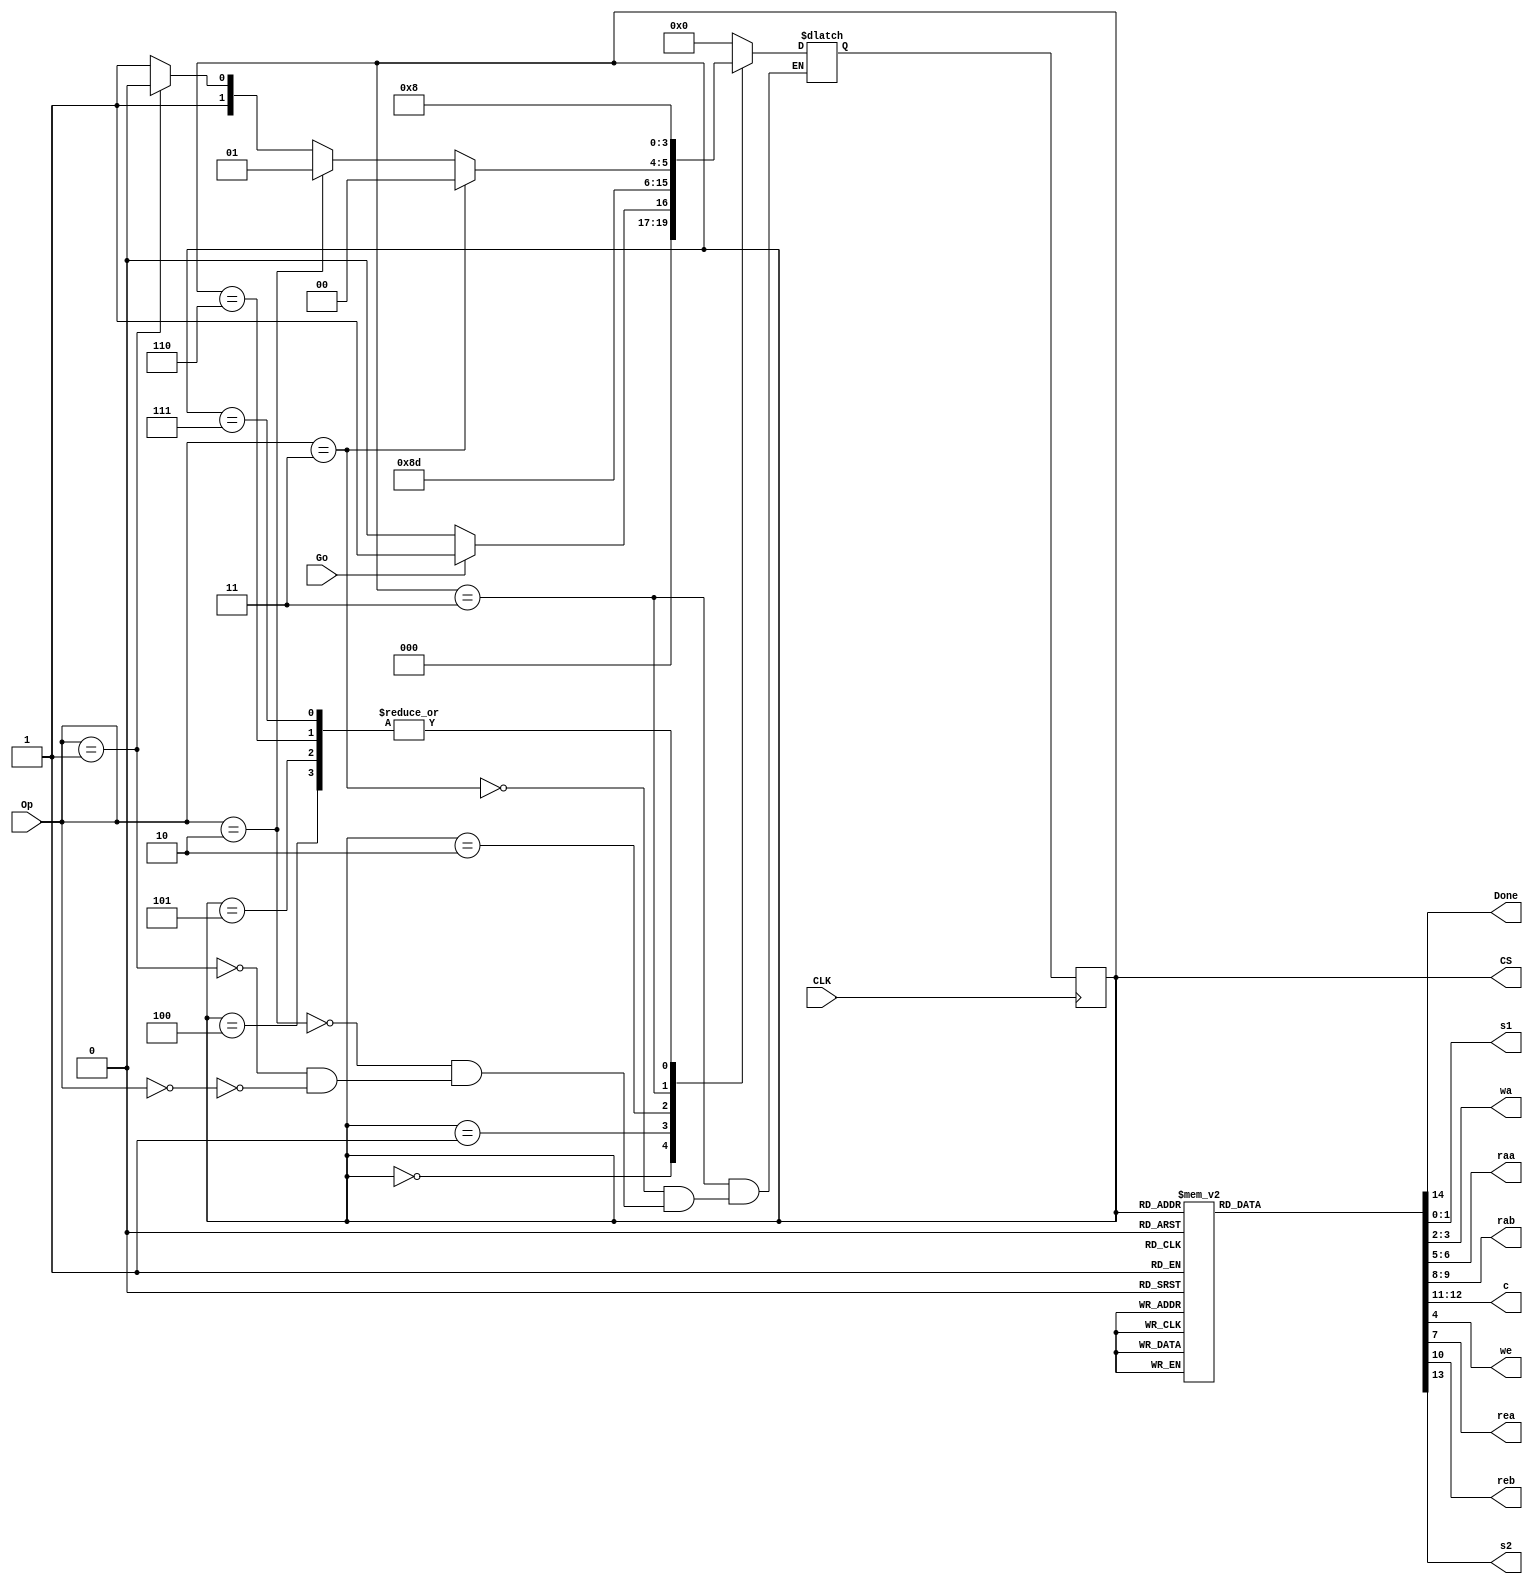
`timescale 1ns / 1ps


module small_calc_CU( input CLK, Go,input [1:0] Op, output reg [3:0] CS, output reg Done,
output reg [1:0] s1, wa, raa, rab, c,
output reg  we, rea, reb, s2);
reg [3:0] NS;
parameter   S0=4'b0000,
            S1=4'b0001,
            S2=4'b0010,
            S3=4'b0011,
            S4=4'b0100,
            S5=4'b0101,
            S6=4'b0110,
            S7=4'b0111,
            S8=4'b1000;

initial begin
CS=S0;
end

always@(CS,Op,Go)
begin
    case(CS)
        S0: begin
            if(Go)NS<=S1;
            else NS<=S0;
           end
        S1: NS<=2;
        S2: NS<=3;
        S3: begin
            if(Op==3) NS<=S4;
            else if(Op==2) NS<=S5;
            else if(Op==1) NS<=S6;
            else if(Op==0) NS<=S7;
           end
        S4: NS<=S8;
        S5: NS<=S8;
        S6: NS<=S8;
        S7: NS<=S8;
        S8: NS<=S0;
        default: NS<=S0;
    endcase
end


always@(posedge CLK)
begin
    CS<=NS; 
end

always@(CS)
begin
case(CS)
    S0: begin
        s1=1; wa=0; we=0; raa=0; rea=0; rab=0; reb=0; c=0; s2=0; Done=0;
       end
    S1: begin
        s1=3; wa=1; we=1; raa=0; rea=0; rab=0; reb=0; c=0; s2=0; Done=0;
       end
    S2: begin
        s1=2; wa=2; we=1; raa=0; rea=0; rab=0; reb=0; c=0; s2=0; Done=0;
       end
    S3: begin
        s1=1; wa=0; we=0; raa=0; rea=0; rab=0; reb=0; c=0; s2=0; Done=0;
       end
    S4: begin
        s1=0; wa=3; we=1; raa=1; rea=1; rab=2; reb=1; c=0; s2=0; Done=0;
       end
    S5: begin
        s1=0; wa=3; we=1; raa=1; rea=1; rab=2; reb=1; c=1; s2=0; Done=0;
       end
    S6: begin
        s1=0; wa=3; we=1; raa=1; rea=1; rab=2; reb=1; c=2; s2=0; Done=0;
       end
    S7: begin
        s1=0; wa=3; we=1; raa=1; rea=1; rab=2; reb=1; c=3; s2=0; Done=0;
       end
    S8: begin
        s1=1; wa=0; we=0; raa=3; rea=1; rab=3; reb=1; c=2; s2=1; Done=1;
       end
    
    default: begin
               s1=1; wa=0; we=0; raa=0; rea=0; rab=0; reb=0; c=0; s2=0; Done=0;
              end
endcase
end


endmodule